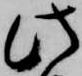
此